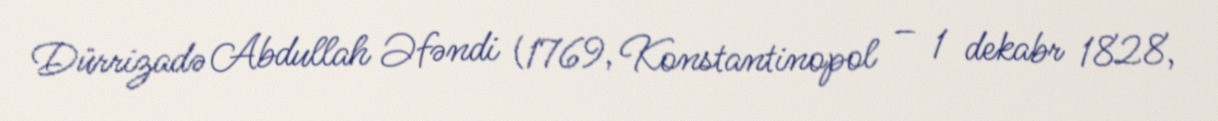
Dürrizadə Abdullah Əfəndi (1769, Konstantinopol – 1 dekabr 1828,